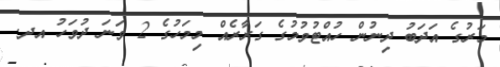
މަރުގެ އަދަބު ދިނުން ހުއްޓުވުމުގެ ގަރާރެއް މިމަހުގެ 2 ވަނަ ދުވަހު އދ.